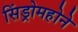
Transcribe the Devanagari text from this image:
सिंड्रोमहोने